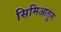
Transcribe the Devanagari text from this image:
सिमिआतुग